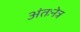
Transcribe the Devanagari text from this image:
अंतःनेत्र